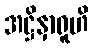
အဋ္ဌိနှာရူဟိ